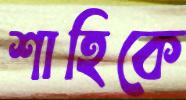
শাহিকে